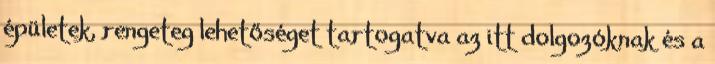
épületek, rengeteg lehetőséget tartogatva az itt dolgozóknak és a